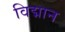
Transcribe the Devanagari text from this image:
विद्मान